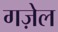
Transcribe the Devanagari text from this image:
गज़ेल